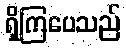
ရှိကြပေသည်